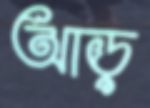
আড়